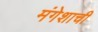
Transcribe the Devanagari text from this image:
मंगेशाची